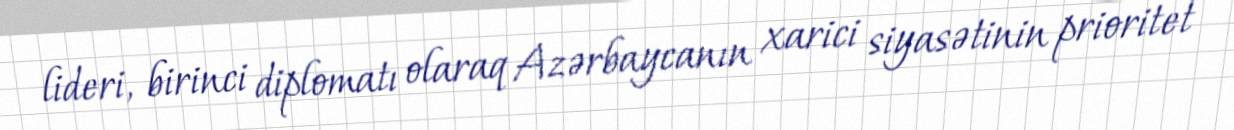
lideri, birinci diplomatı olaraq Azərbaycanın xarici siyasətinin prioritet